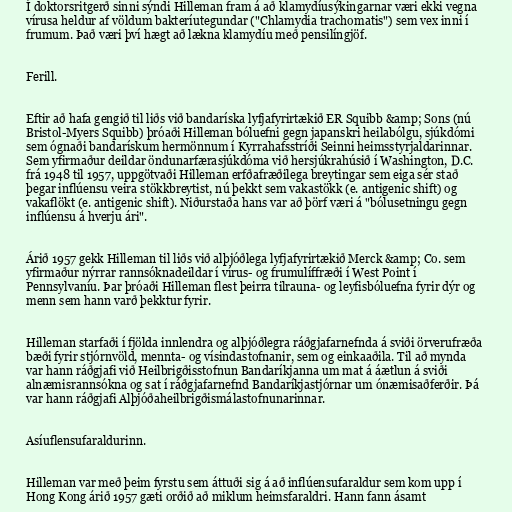
Í doktorsritgerð sinni sýndi Hilleman fram á að klamydíusýkingarnar væri ekki vegna
vírusa heldur af völdum bakteríutegundar ("Chlamydia trachomatis") sem vex inni í
frumum. Það væri því hægt að lækna klamydíu með pensilíngjöf.

Ferill.

Eftir að hafa gengið til liðs við bandaríska lyfjafyrirtækið ER Squibb &amp; Sons (nú
Bristol-Myers Squibb) þróaði Hilleman bóluefni gegn japanskri heilabólgu, sjúkdómi
sem ógnaði bandarískum hermönnum í Kyrrahafsstríði Seinni heimsstyrjaldarinnar.
Sem yfirmaður deildar öndunarfærasjúkdóma við hersjúkrahúsið í Washington, D.C.
frá 1948 til 1957, uppgötvaði Hilleman erfðafræðilega breytingar sem eiga sér stað
þegar inflúensu veira stökkbreytist, nú þekkt sem vakastökk (e. antigenic shift) og
vakaflökt (e. antigenic shift). Niðurstaða hans var að þörf væri á "bólusetningu gegn
inflúensu á hverju ári".

Árið 1957 gekk Hilleman til liðs við alþjóðlega lyfjafyrirtækið Merck &amp; Co. sem
yfirmaður nýrrar rannsóknadeildar í vírus- og frumulíffræði í West Point í
Pennsylvaníu. Þar þróaði Hilleman flest þeirra tilrauna- og leyfisbóluefna fyrir dýr og
menn sem hann varð þekktur fyrir.

Hilleman starfaði í fjölda innlendra og alþjóðlegra ráðgjafarnefnda á sviði örverufræða
bæði fyrir stjórnvöld, mennta- og vísindastofnanir, sem og einkaaðila. Til að mynda
var hann ráðgjafi við Heilbrigðisstofnun Bandaríkjanna um mat á áætlun á sviði
alnæmisrannsókna og sat í ráðgjafarnefnd Bandaríkjastjórnar um ónæmisaðferðir. Þá
var hann ráðgjafi Alþjóðaheilbrigðismálastofnunarinnar.

Asíuflensufaraldurinn.

Hilleman var með þeim fyrstu sem áttuði sig á að inflúensufaraldur sem kom upp í
Hong Kong árið 1957 gæti orðið að miklum heimsfaraldri. Hann fann ásamt